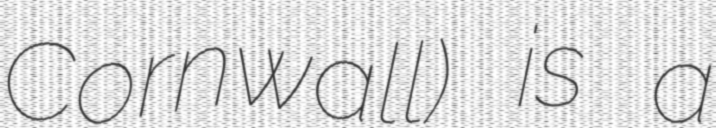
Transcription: Cornwall) is a